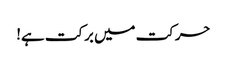
حرکت میں برکت ہے!